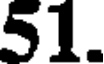
51.